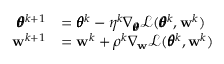
\begin{array} { r l } { \pmb { \theta } ^ { k + 1 } } & { = \pmb { \theta } ^ { k } - \eta ^ { k } \nabla _ { \pmb { \theta } } \mathcal { L } ( \pmb { \theta } ^ { k } , \mathbf { w } ^ { k } ) } \\ { \mathbf { w } ^ { k + 1 } } & { = \mathbf { w } ^ { k } + \rho ^ { k } \nabla _ { \mathbf { w } } \mathcal { L } ( \pmb { \theta } ^ { k } , \mathbf { w } ^ { k } ) } \end{array}